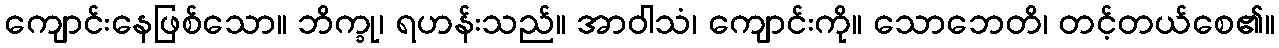
ကျောင်းနေဖြစ်သော။ ဘိက္ခု၊ ရဟန်းသည်။ အာဝါသံ၊ ကျောင်းကို။ သောဘေတိ၊ တင့်တယ်စေ၏။